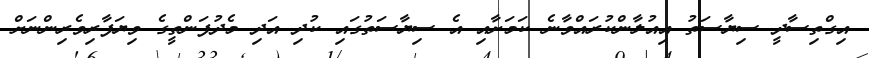
އިގްތިސާދީ ސިޔާސަތު އިއުލާންކުރައްވާނެ ކަމަށާއި އެ ސިޔާސަތުގައި ކުދި އަދި މެދުފަންތީގެ ވިޔަފާރިވެރިންނަށް